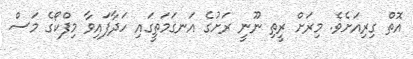
އޮތް ގިރިއަށެވެ. މިރަށް ރީތި ނޫނީ ރަށުގެ އަނގަމަތީގައި ހަދާފައިވާ މިފްކޯގެ މަސް